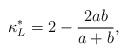
LaTeX: \begin{align*}\kappa^*_L =2- {2ab \over a+b},\end{align*}